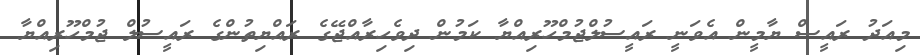
މިއަދު ރައީސް ޔާމީން އެވަނީ ރައީސުލްޖުމްހޫރިއްޔާ ކަމުން ދިވެހިރާއްޖޭގެ ރައްޔިތުންގެ ރައީސުލް ޖުމްހޫރިއްޔާ